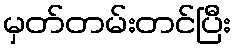
မှတ်တမ်းတင်ပြီး